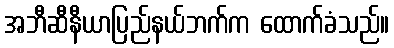
အဘီဆီနီယာပြည်နယ်ဘက်က ထောက်ခံသည်။